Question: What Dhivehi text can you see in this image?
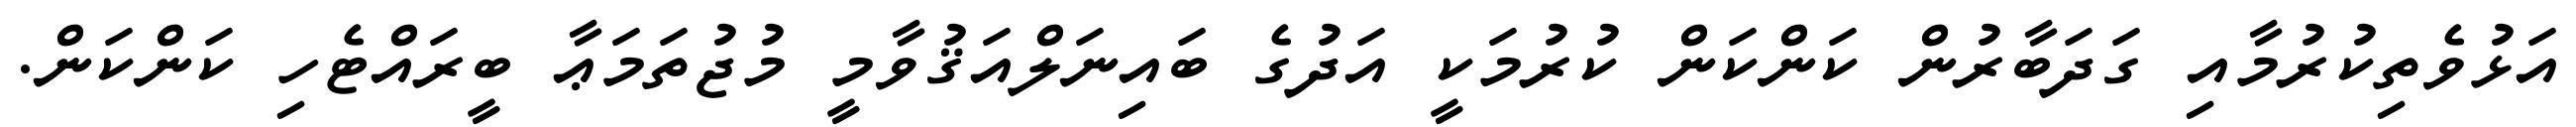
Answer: އަޅުވެތިކުރުމާއި ގަދަބާރުން ކަންކަން ކުރުމަކީ އަދުގެ ބައިނަލްއަޤުވާމީ މުޖުތަމަޢާ ބީރައްޓެހި ކަންކަން.